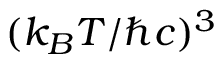
( k _ { B } T / \hbar c ) ^ { 3 }